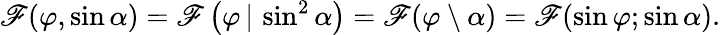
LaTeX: \mathscr{F}(\varphi,\sin\alpha)=\mathscr{F}\left(\varphi\, |\, \sin^{2}\alpha\right)=\mathscr{F}(\varphi\setminus\alpha)=\mathscr{F}(\sin\varphi;\sin\alpha).